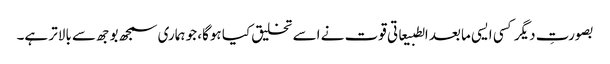
بصورتِ دیگر کسی ایسی مابعد الطبیعاتی قوت نے اسے تخلیق کیا ہوگا، جو ہماری سمجھ بوجھ سے بالاتر ہے۔